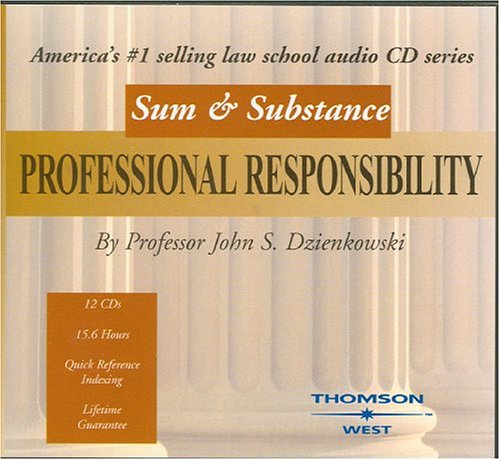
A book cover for Sum and Substance Audio on Professional Responsibility; John Dzienkowski; Law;